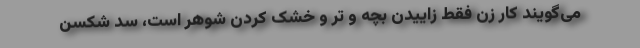
می‌گویند کار زن فقط زاییدن بچه و تر و خشک کردن شوهر است، سد شکسن